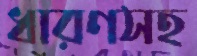
ধারণসহ